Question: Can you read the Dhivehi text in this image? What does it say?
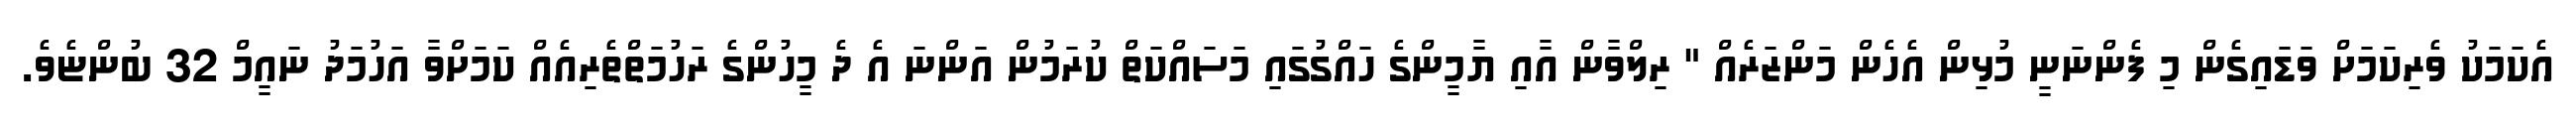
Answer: އެކަމަކު ވެރިކަމަށް ވަޑައިގެން މި ފެންނަނީ މުޅިން އެހެން މަންޒަރެއް " ރިލްވާން އާއި ޔާމީންގެ ހައްގުގައި މަސައްކަތް ކުރަމުން އަންނަ އެ ދެ މީހުންގެ ރަހުމަތްތެރިއެއް ކަމަށްވާ އަހުމަދު ނައީމް 32 ބުންޏެވެ.